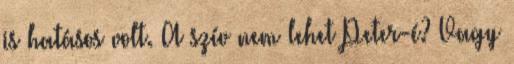
is hatásos volt. A szív nem lehet Peter-é? Vagy